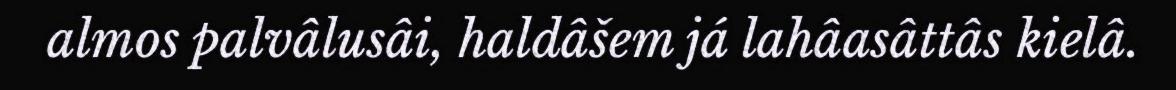
almos palvâlusâi, haldâšem já lahâasâttâs kielâ.